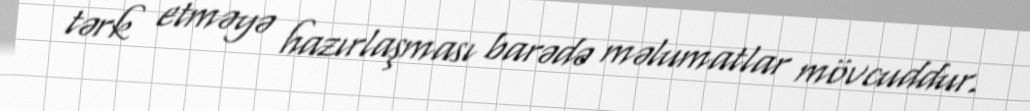
tərk etməyə hazırlaşması barədə məlumatlar mövcuddur.